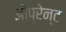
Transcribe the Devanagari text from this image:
ओप्रेन्ट